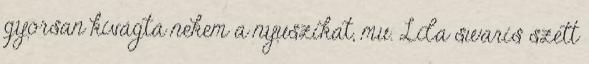
gyorsan kivágta nekem a nyuszikat, mu. Lila swaris szett